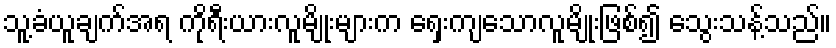
သူ့ခံယူချက်အရ ကိုရီးယားလူမျိုးများက ရှေးကျသောလူမျိုးဖြစ်၍ သွေးသန့်သည်။